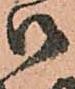
御